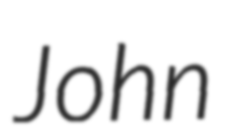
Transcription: John